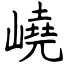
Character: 嶢